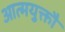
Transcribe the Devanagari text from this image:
आत्मयुक्तौ